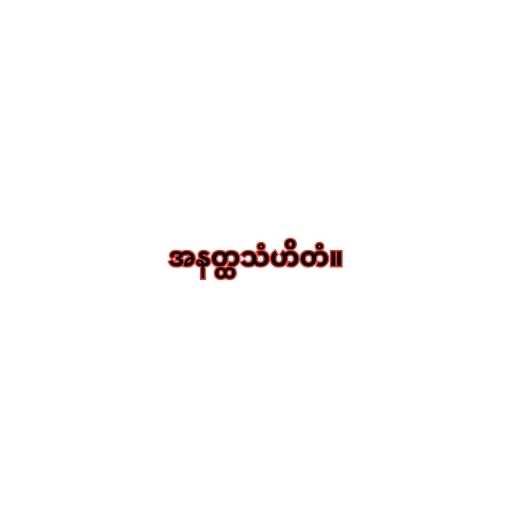
အနတ္ထသံဟိတံ။